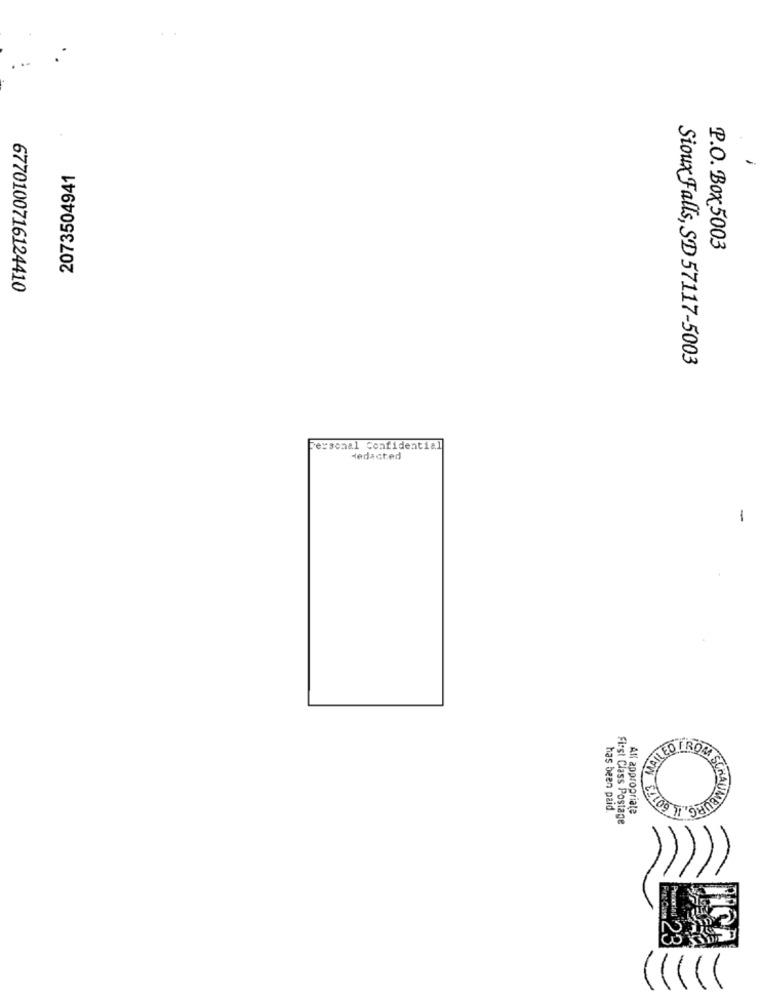
2073504941
P.O. Box 5003
6770100716124410
Sioux Falls, SD 57117-5003
ersonal Confidential
Hedacted
-
KILED FROM!
has been paid.
All appropriate
First Class Postage
First Class
Pecoriau $23